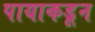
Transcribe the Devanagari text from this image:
पायाकडून